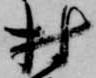
村